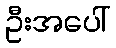
ဦးအပေါ်